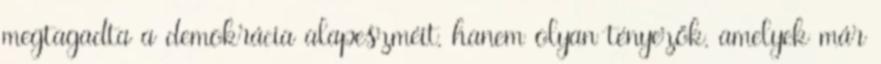
megtagadta a demokrácia alapeszméit, hanem olyan tényezők, amelyek már